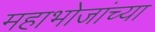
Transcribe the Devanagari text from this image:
महाभोजांच्या